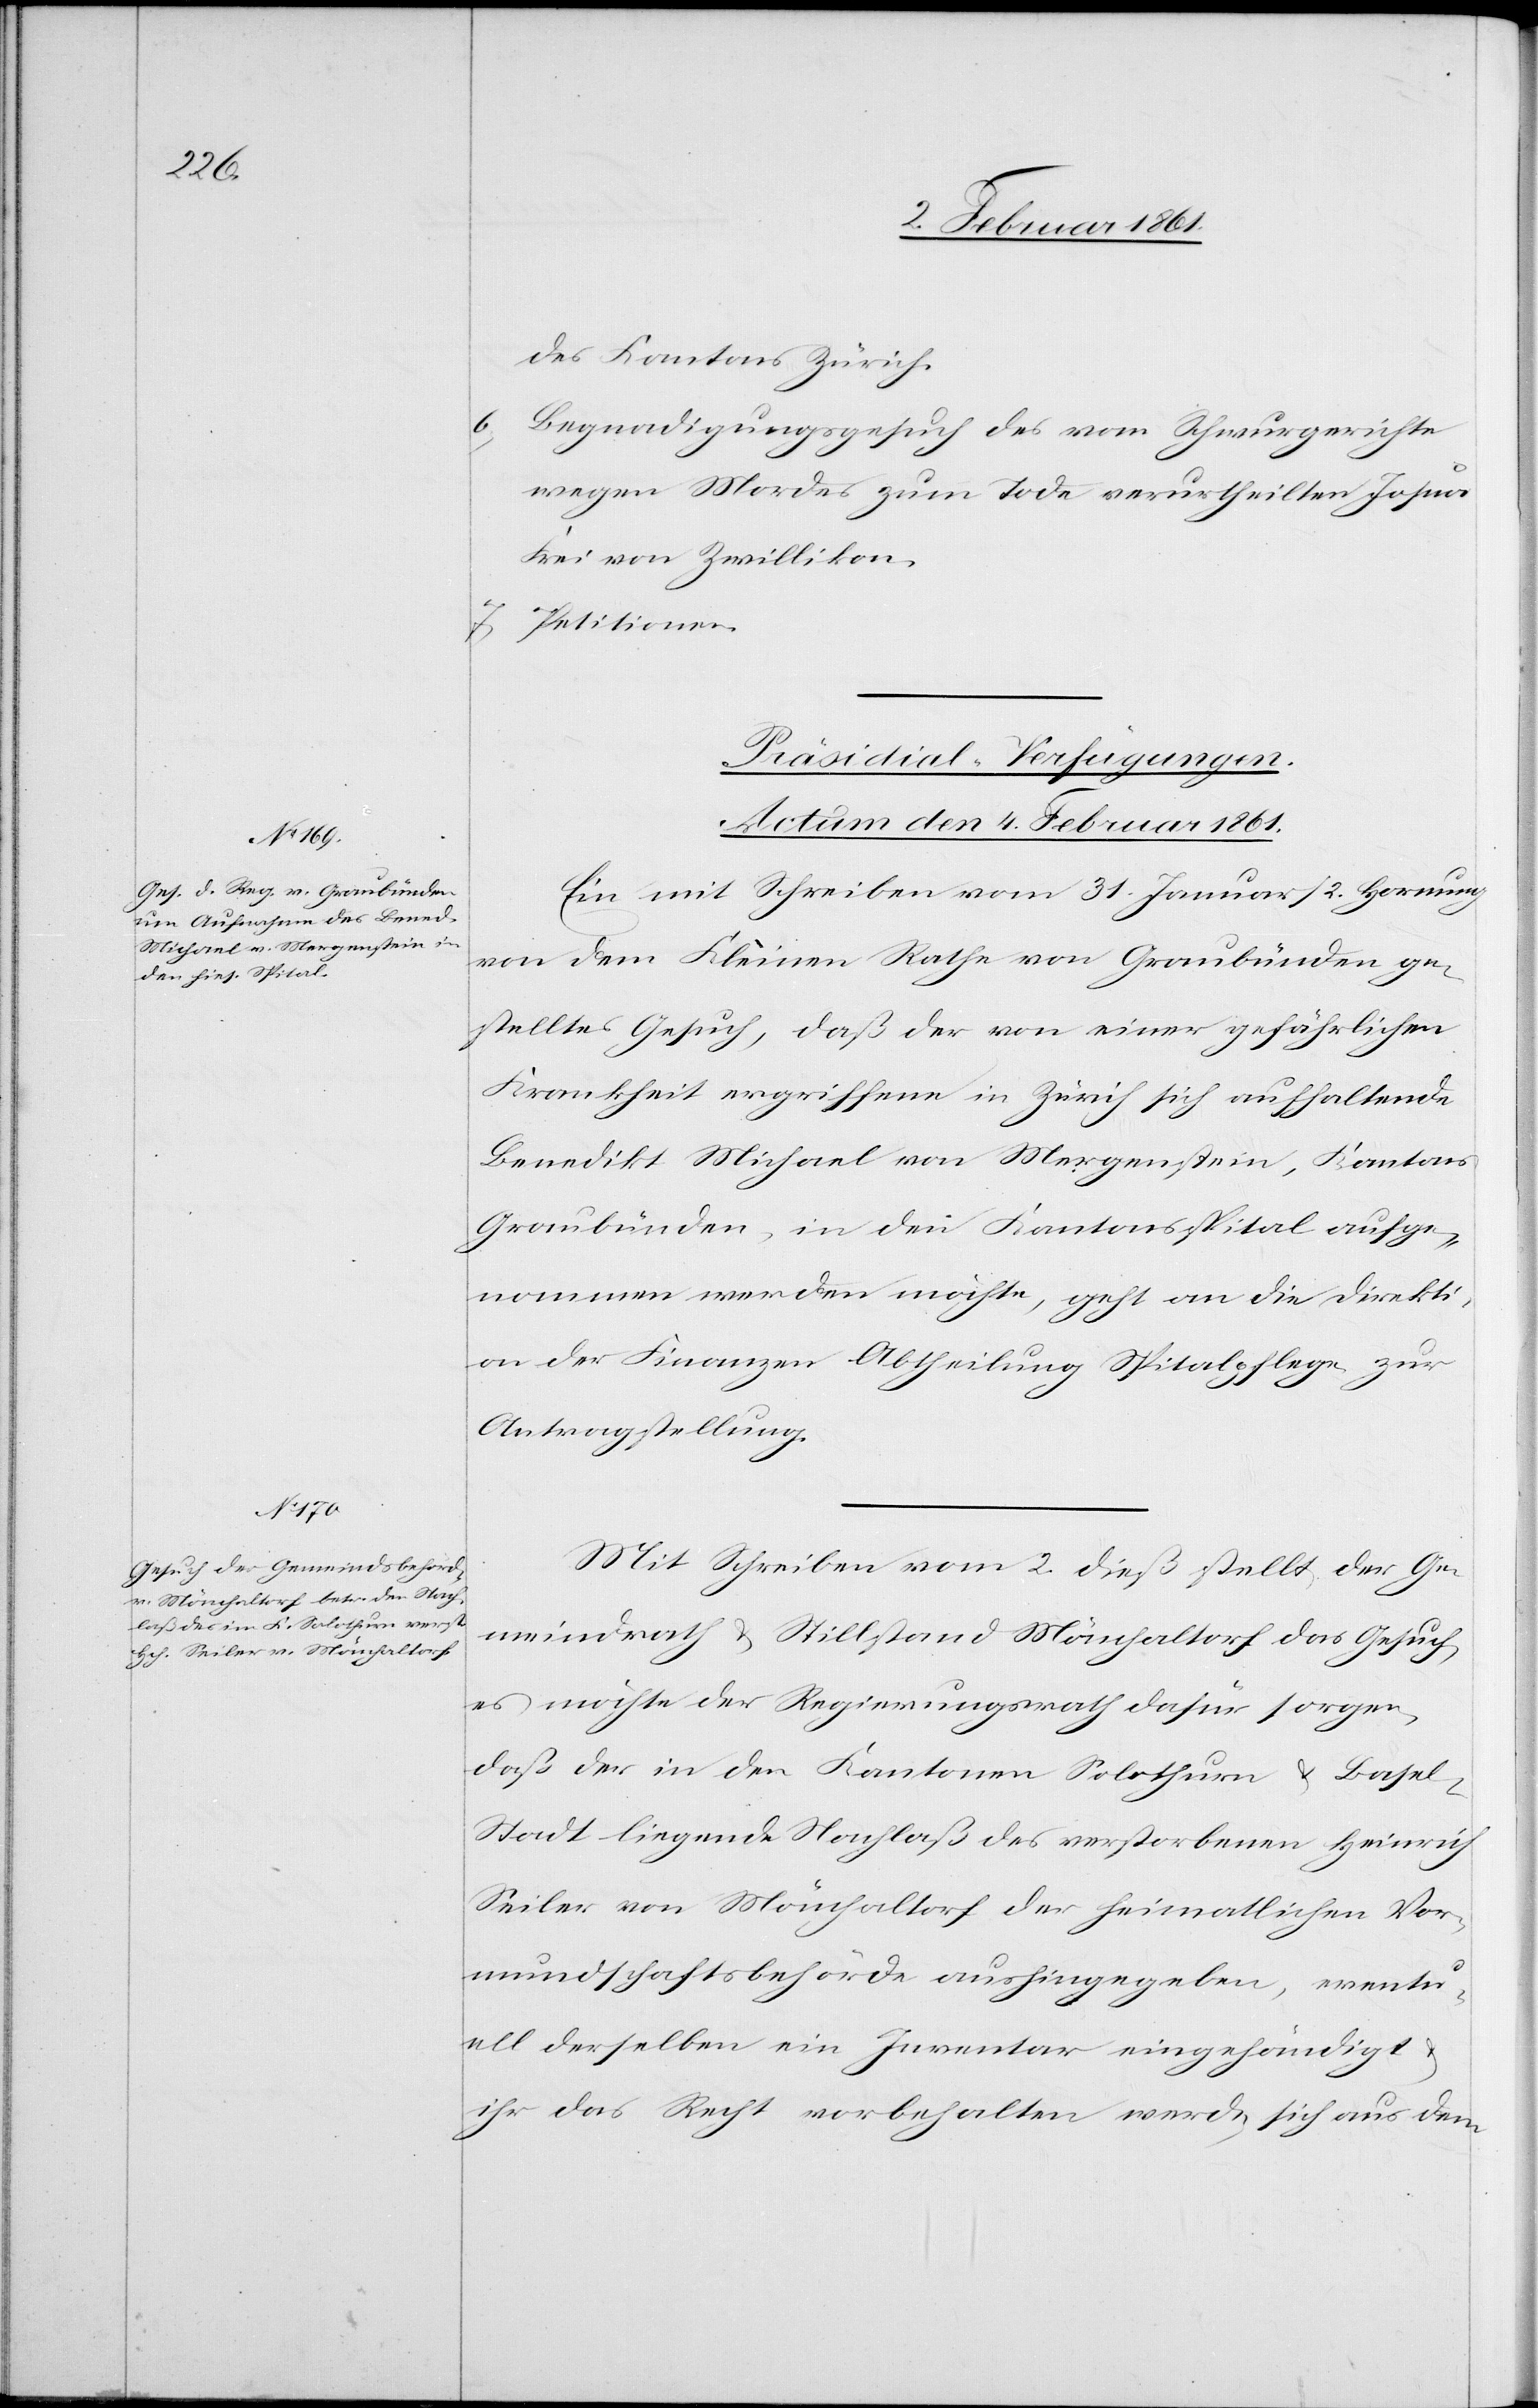
des Kantons Zürich.
6) Begnadigungsgesuch des vom Schwurgerichte
wegen Mordes zum Tode verurtheilten Josua
Frei von Zwillikon.
7) Petitionen.
[Präsidial-Verfügungen.
Actum den 4. Februar 1861.]
Ein mit Schreiben vom 31. Januar / 2. Hornung
von dem Kleinen Rathe von Graubünden ge¬
stelltes Gesuch, daß der von einer gefährlichen
Krankheit ergriffene in Zürich sich aufhaltende
Benedikt Michael von Mergenstein, Kantons
Graubünden, in den Kantonsspital aufge¬
nommen werden möchte, geht an die Direkti¬
on der Finanzen Abtheilung Spitalpflege zur
Antragstellung.
Mit Schreiben vom 2. dieß stellt der Ge¬
meindrath u. Stillstand Mönchaltorf das Gesuch,
es möchte der Regierungsrath dafür sorgen,
daß der in den Kantonen Solothurn u. Base¬
l-Stadt liegende Nachlaß des verstorbenen Heinrich
Seiler von Mönchaltorf der heimatlichen Vor¬
mundschaftsbehörde aushingegeben, eventu¬
ell derselben ein Inventar eingehändigt
ihr das Recht vorbehalten werde, sich aus dem